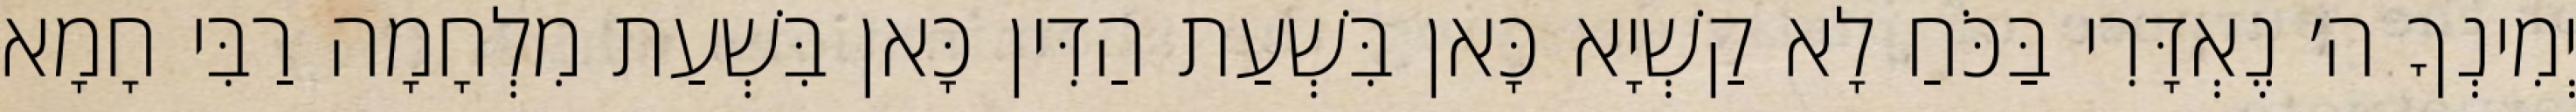
יְמִינְךָ ה׳ נֶאְדָּרִי בַּכֹּחַ לָא קַשְׁיָא כָּאן בִּשְׁעַת הַדִּין כָּאן בִּשְׁעַת מִלְחָמָה רַבִּי חָמָא